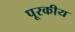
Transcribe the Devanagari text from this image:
पूरकीय